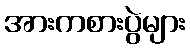
အားကစားပွဲများ